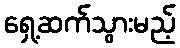
ရှေ့ဆက်သွားမည့်